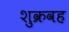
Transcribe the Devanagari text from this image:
शुक्रवह